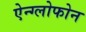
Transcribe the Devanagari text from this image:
ऐन्ग्लोफोन